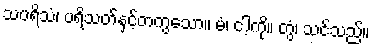
သပရိသံ၊ ပရိသတ်နှင့်တကွသော။ မံ၊ ငါ့ကို။ တွံ၊ သင်သည်။